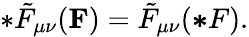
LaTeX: *\tilde{F}_{\mu\nu}({\mathbf F})=\tilde{F}_{\mu\nu}({\mathbf*F}).